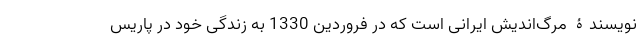
نویسندۀ مرگ‌اندیش ایرانی است که در فروردین 1330 به زندگی خود در پاریس